Eesti_Uliopilaste_Seltsi_vilistlaskogu, lk 4
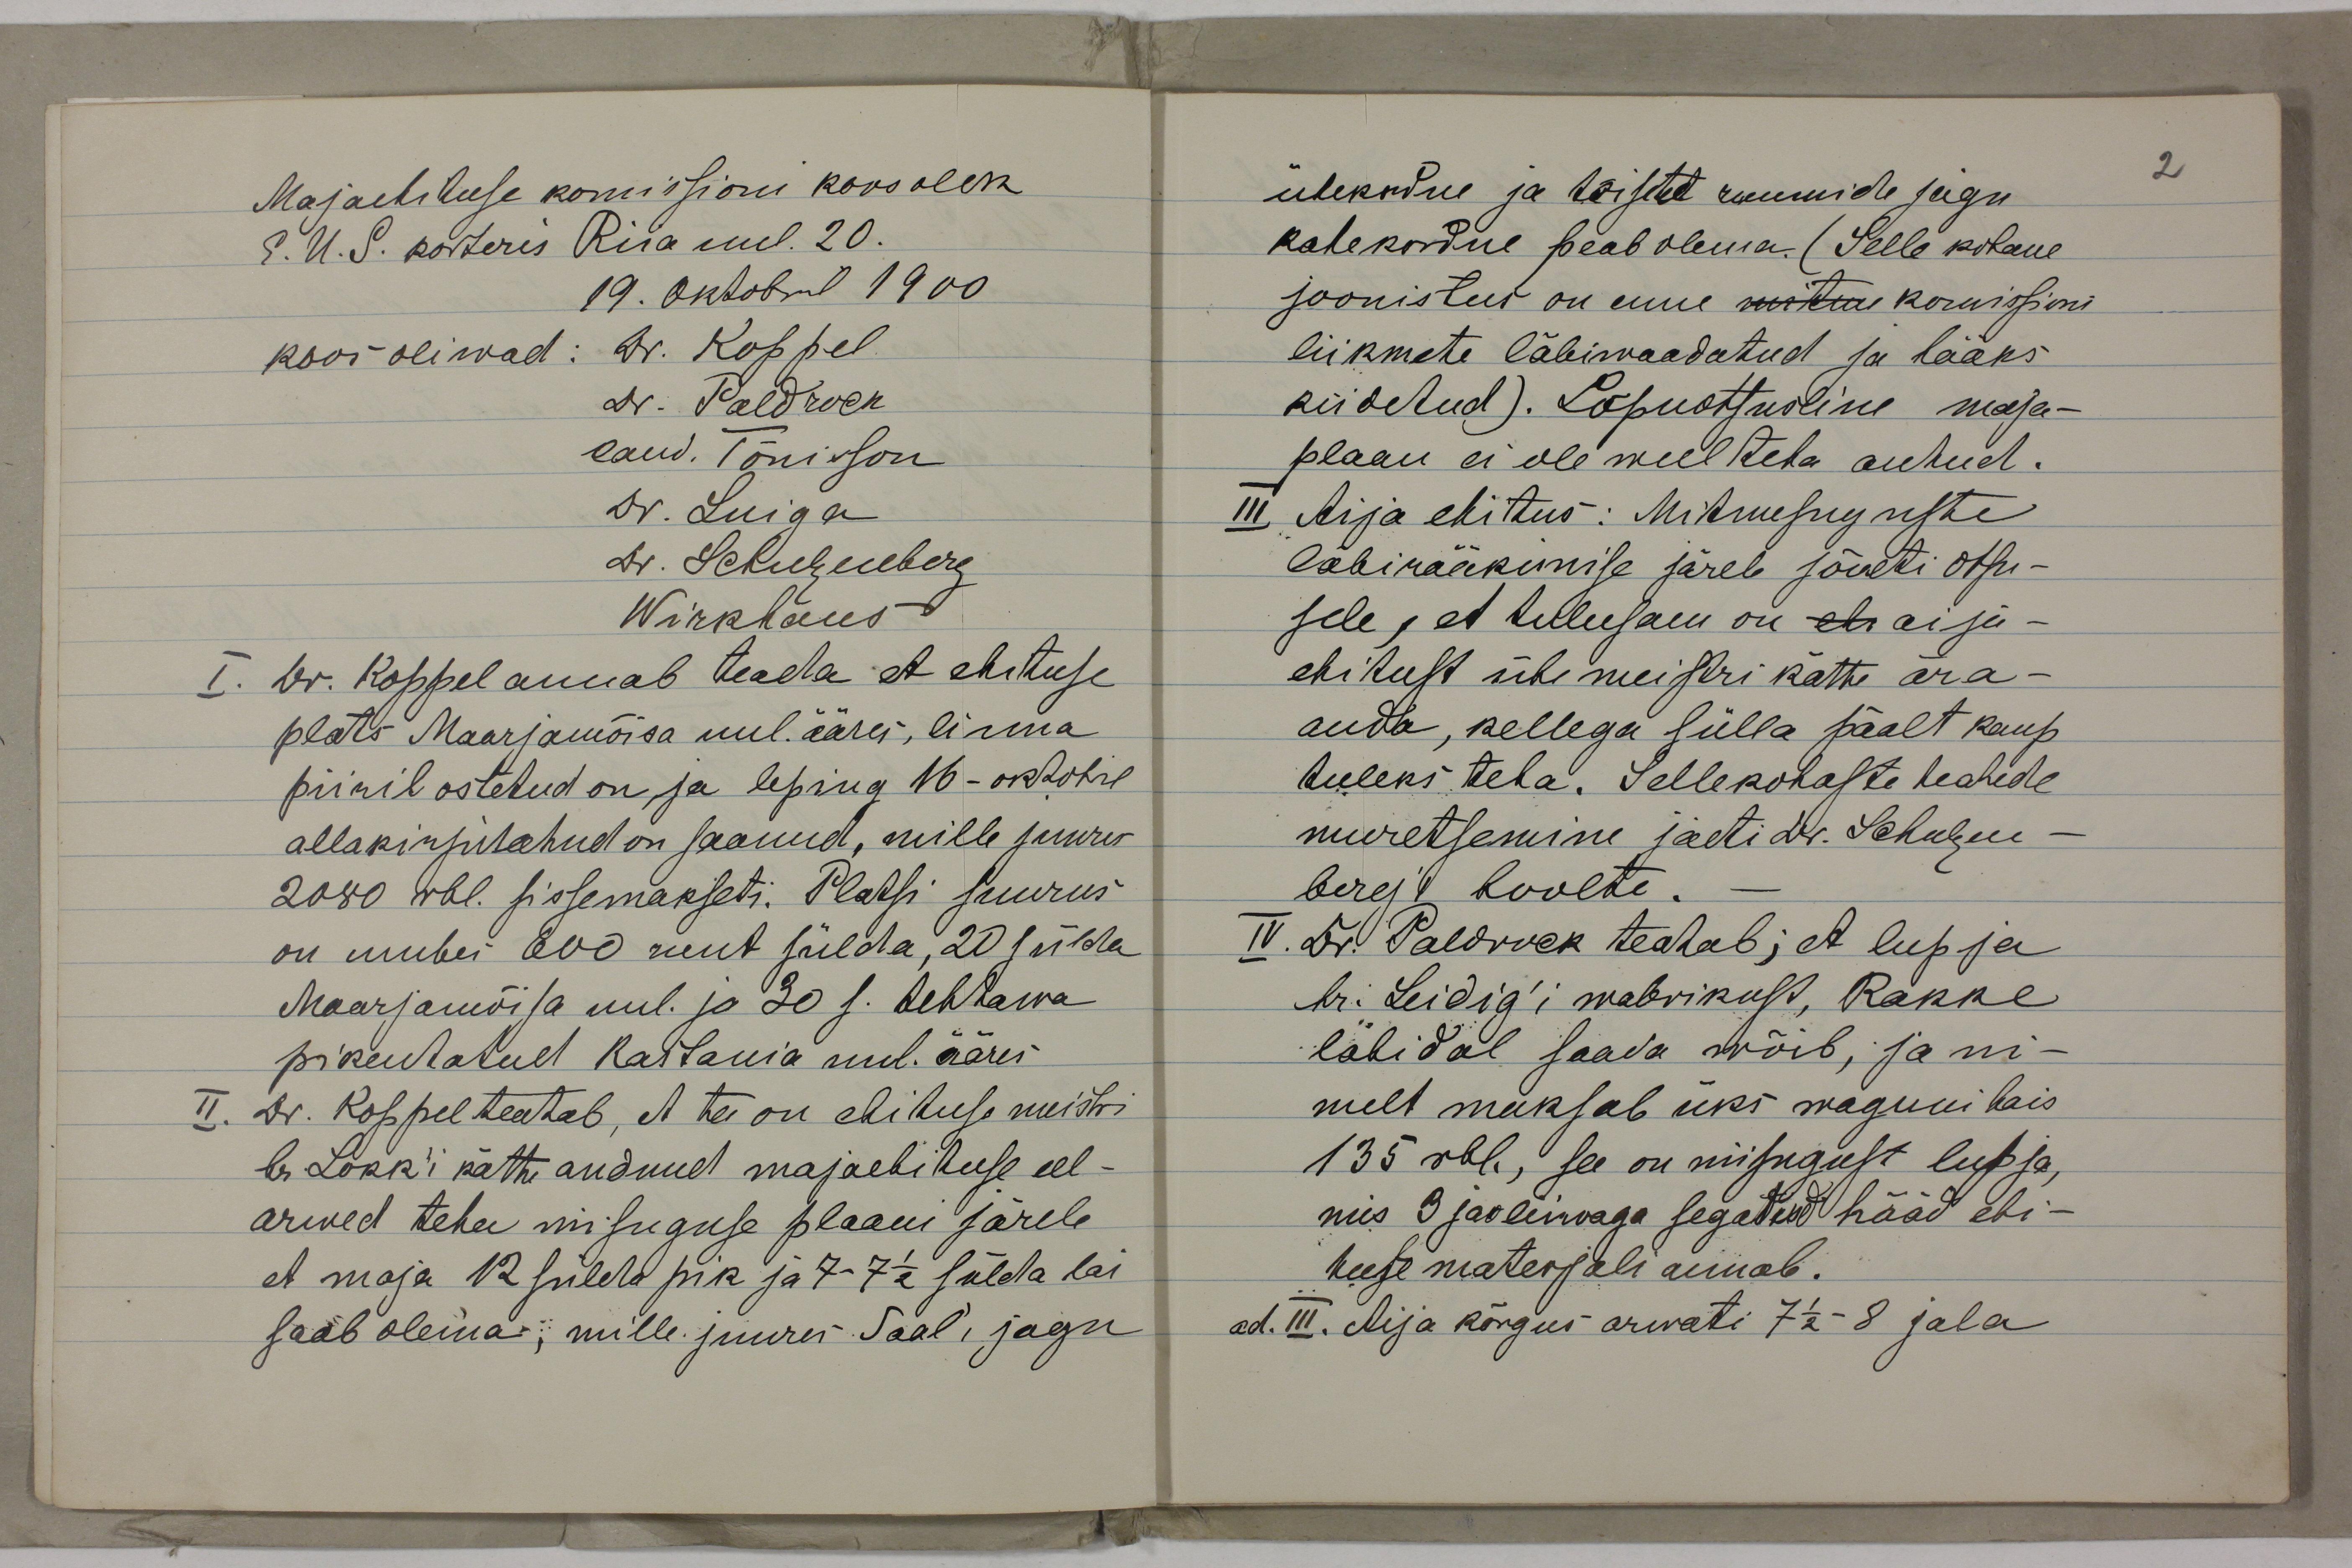
Majaehituse komissioni koosolek
E. U. S. korteris Riia uul. 20.
19. Oktobril 1900
koos oliwad: Dr. Koppel
Dr. Paldrock
cand. Tõnisson
Dr. Luiga
Dr. Schulzenberg
Wirkhaus
I. Dr. Koppel annab teada et ehituse
plats Maarjamõisa uul. ääres, linna
piiril ostetud on, ja leping 16-oktobril
allakirjutatud on saanud, mille juures
2080 rbl. sissemakseti. Platsi suurus
on umbes 600 ruut sülda, 20 sülda
Maarjamõisa uul. ja 30 s. tehhawa
pikentatult Kastania uul. ääres
II. Dr. Koppel teatab, et ta on ehituse meistri
hr. Lokk'i kätte andnud majaehituse eel-
arwed teha niisuguse plaani järele
et maja 12 sülda pik ja 7-7 1/2 sülda lai
saab olema, mille juures saal´i jagu

ühekordne ja toiste ruumide jagu
kahekordne peab olema. (Selle kohane
joonistus on enne mitme komissioni
liikmete läbiwaadatud ja hääks
kiidetud). Lõpuotsusline maja-
plaan ei ole weel teha antud.
III Aija ehitus: Mitmesuguste
läbirääkimise järele jõueti otsu-
sele, et tulusam on ehi aija-
ehitust ühe meistri kätte ära-
anda, kellega sülla päält kaup
tuleks teha. Sellekohaste teatede
muretsemine jäeti dr. Schulzen-
berg´i hoolte. -
IV. Dr. Paldrock teatab; et lupja
hr. Leidig'i wabrikust, Rakke
lähidal saada wõib, ja ni-
melt maksab üks waguni tais
135 rbl., see on niisugust lupja,
mis 3 jao liiwaga segatud hääd ehi-
tuse materjali annab.
ad. III. Aija kõrgus arwati 7 1/2-8 jala

2